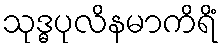
သုဒ္ဓပုလိနမာကိရိံ